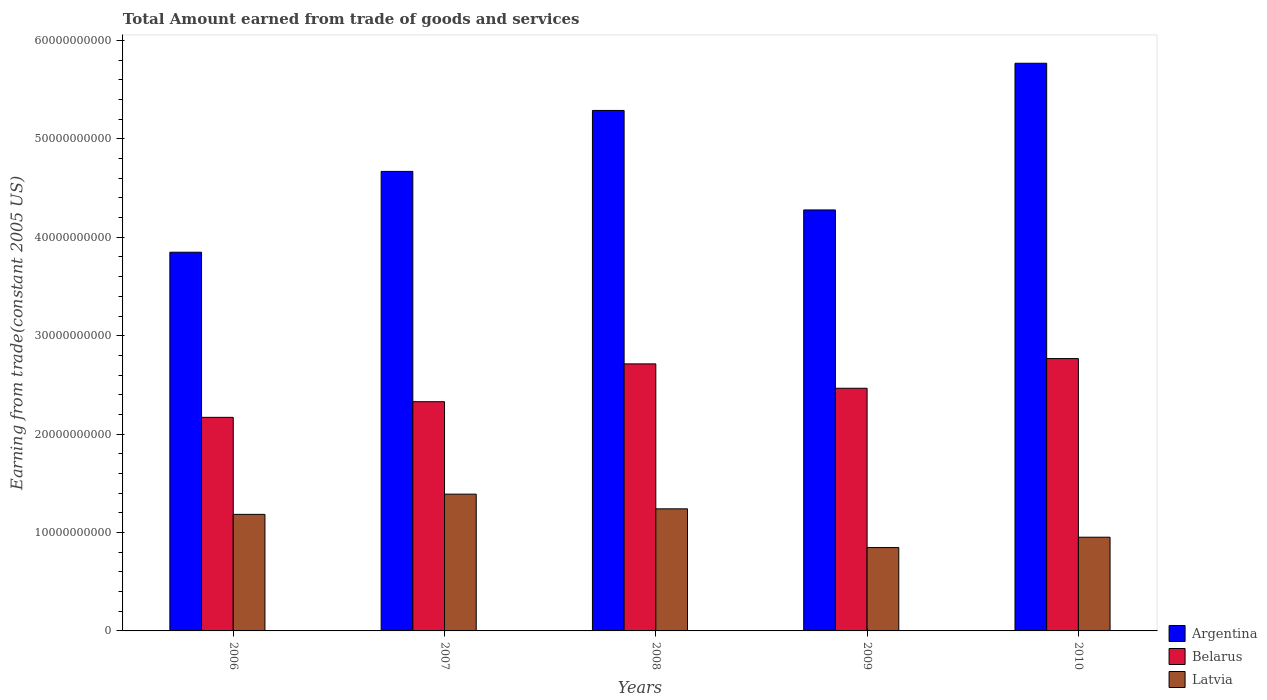
| Years | Argentina | Belarus | Latvia |
 | --- | --- | --- | --- |
 | 2006 | 3.85e+10 | 2.17e+10 | 1.18e+10 |
 | 2007 | 4.67e+10 | 2.33e+10 | 1.39e+10 |
 | 2008 | 5.29e+10 | 2.71e+10 | 1.24e+10 |
 | 2009 | 4.28e+10 | 2.47e+10 | 8.47e+09 |
 | 2010 | 5.77e+10 | 2.77e+10 | 9.52e+09 |